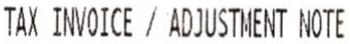
TAX INVOICE / ADJUSTMENT NOTE